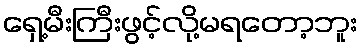
ရှေ့မီးကြီးဖွင့်လို့မရတော့ဘူး